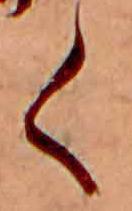
く